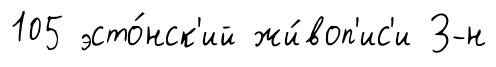
105 эсто́нск'ий жи́воп'ис'и З-н